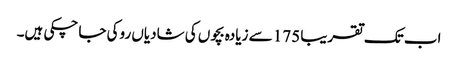
اب تک تقریبا 175 سے زیادہ بچوں کی شادیاں روکی جا چکی ہیں۔